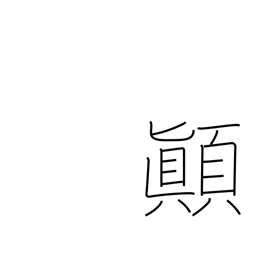
Meaning: upset